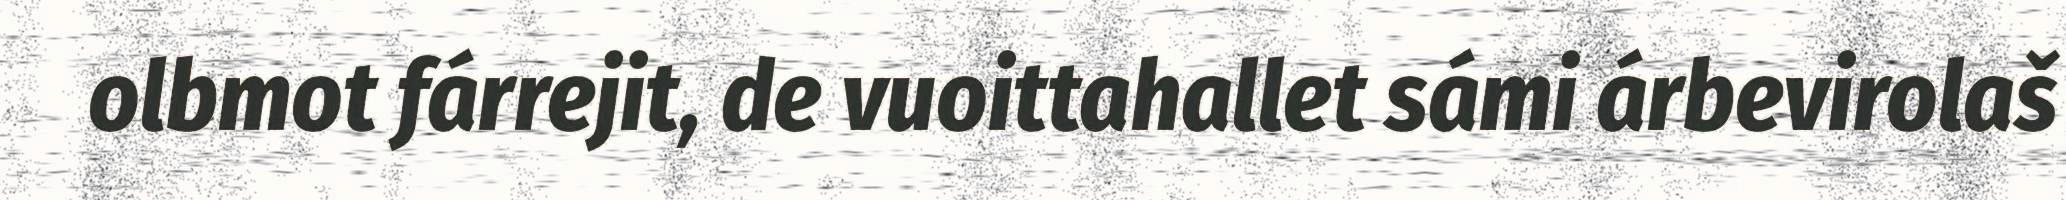
olbmot fárrejit, de vuoittahallet sámi árbevirolaš